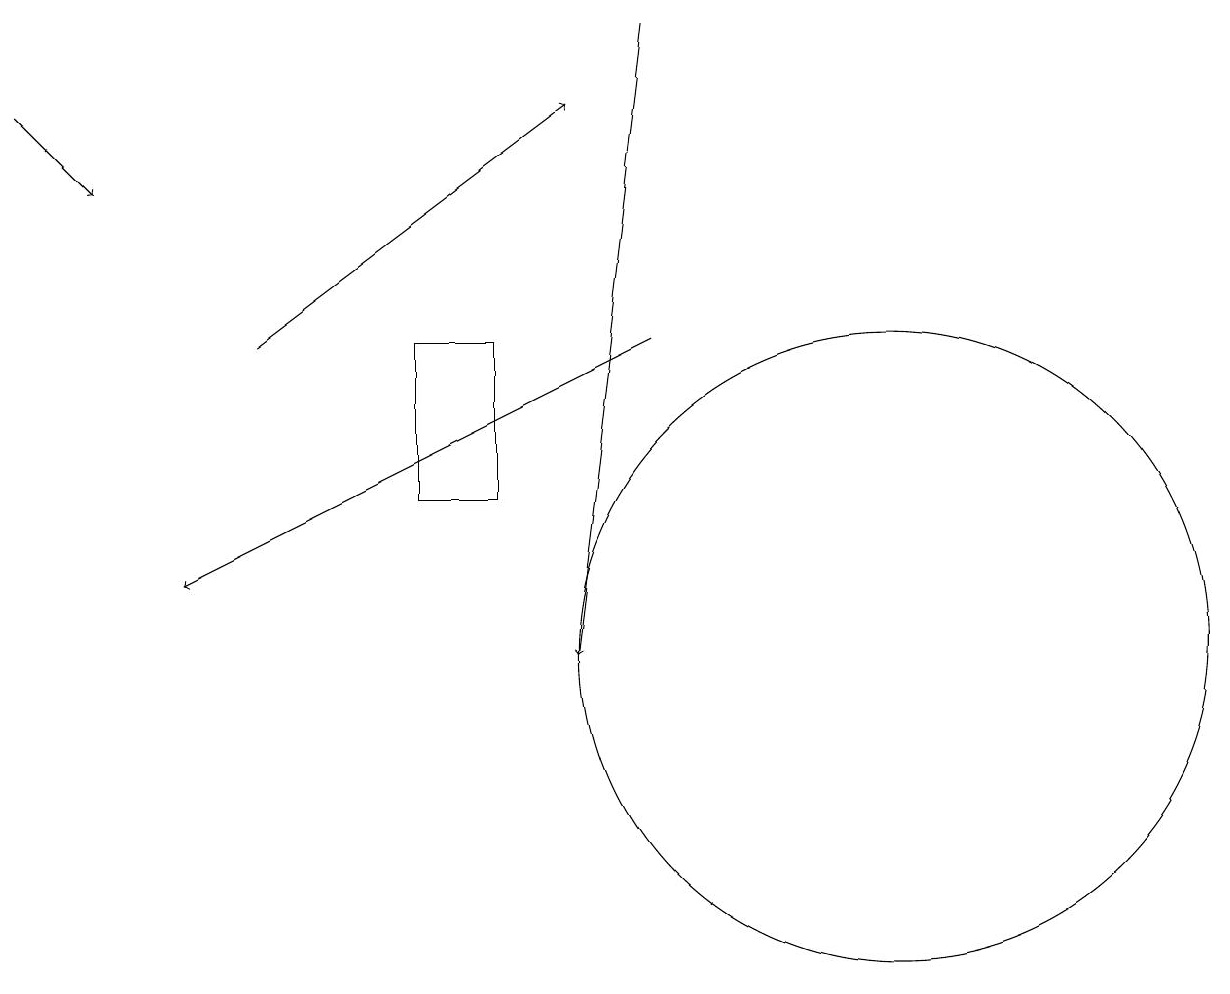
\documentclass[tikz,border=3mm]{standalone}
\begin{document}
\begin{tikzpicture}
\draw (11,11) circle (4);
\draw[->] (0,18) -- (1,17);
\draw[->] (8,19) -- (7,11);
\draw[->] (8,15) -- (2,12);
\draw[->] (3,15) -- (7,18);
\draw (6,13) rectangle (5,15);
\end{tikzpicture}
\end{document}